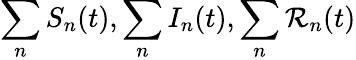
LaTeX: \sum_{n}S_{n}(t),\sum_{n}I_{n}(t),\sum_{n}\mathcal{R}_{n}(t)